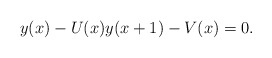
\begin{align*}y(x)-U(x)y(x+1)-V(x)=0.\end{align*}